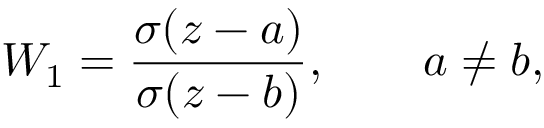
W _ { 1 } = \frac { \sigma ( z - a ) } { \sigma ( z - b ) } , \qquad a \ne b ,